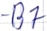
Text: B7